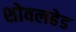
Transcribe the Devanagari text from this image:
शोवलहेड